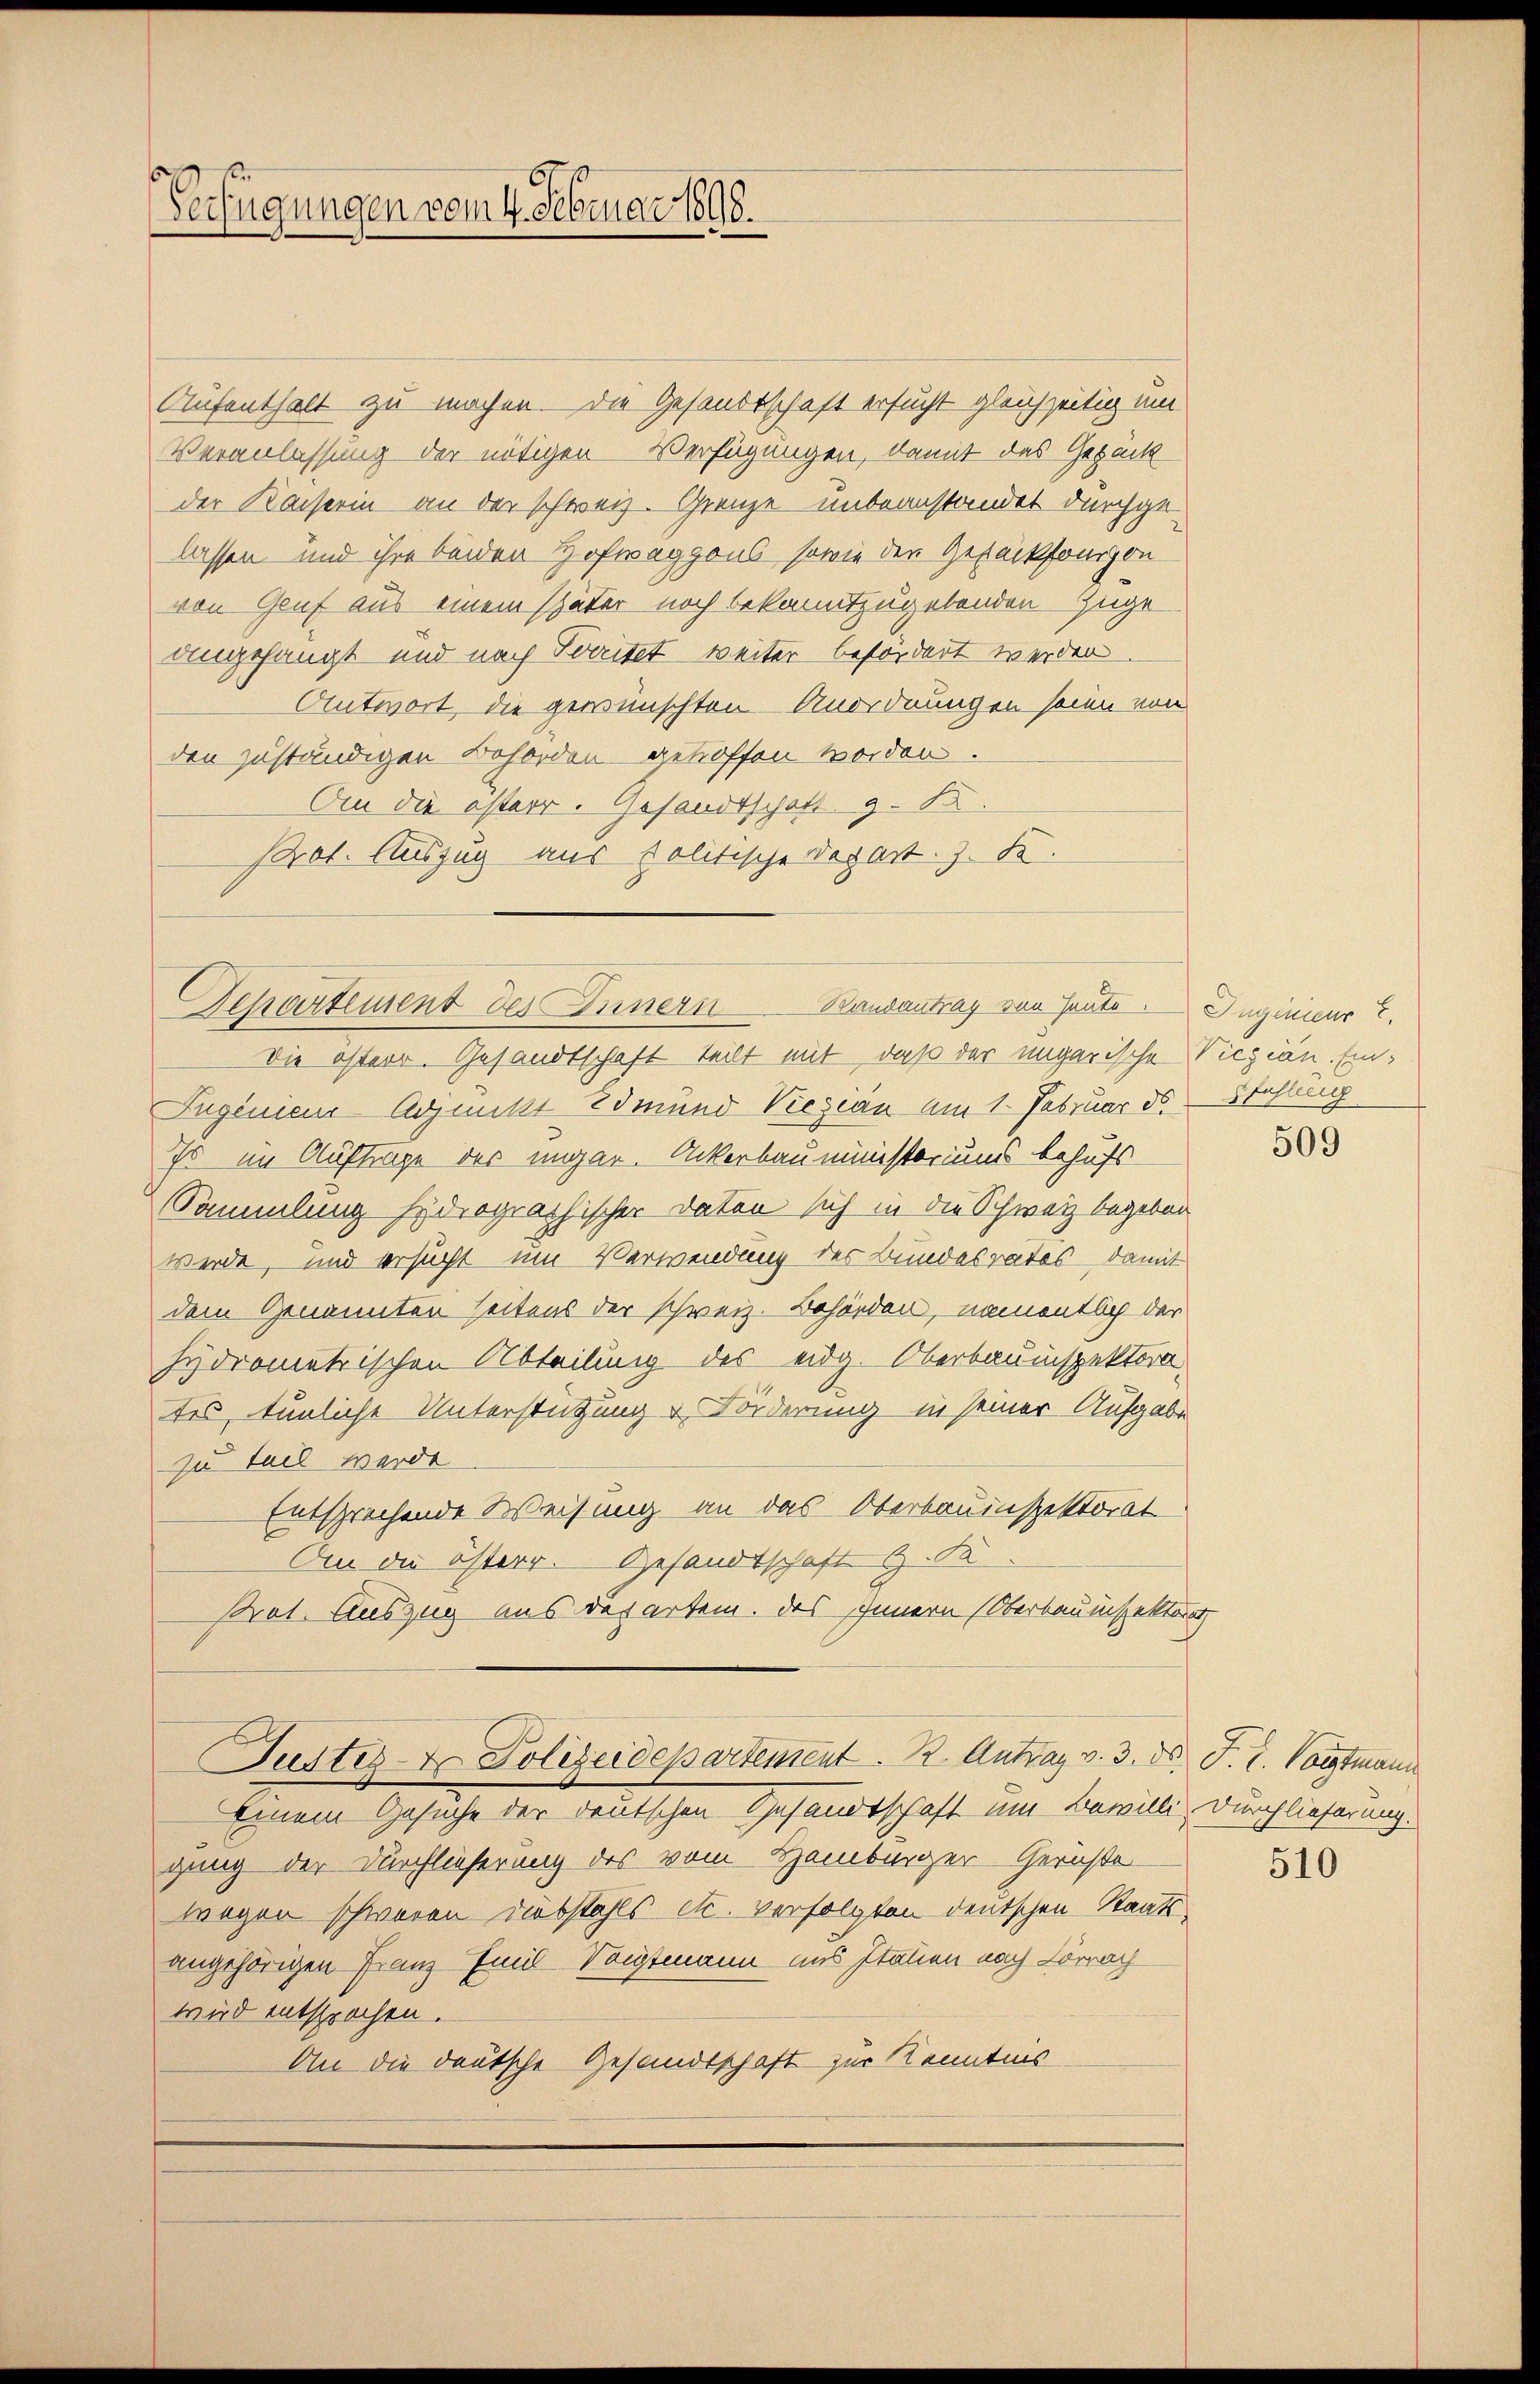
Verfügungen vom 4. Februar 1898.

Aufenthalt zu machen. Die Gesandtschaft ersucht gleichzeitig um
Veranlassung der nötigen Verfügungen, damit das Gepäck
der Kaiserin an der schweiz. Grenze unbeanstandet durchgelassen und ihre beiden Hofwaggons sowie den Gestücksfondon
von Gruf aus einem später noch bekanntzugebenden Zuge
angefangt und nach Territet weiter befördert werden
Antwort, die gewünschten Anordnungen seien von
den zuständigen Behörden getroffen worden.
An die österr. Gesandtschaft z. B.
Prot. Auszug aus Politische Depart. Z. F.
Die österr. Gesandtschaft teilt mit, daß der ungarische Viczian. Ein¬
Jugenieur-Adjunkt Edmund Viezian am 1. Februar ds Sahling
Is im Auftrage des ungar. Ackerbau ministeriums behufs
Sammlung hydrographischen Daten sich in die Schweiz begeben
werde, und ersucht um Verwendung der Bundesrates damit
dem Genannten seitens der schweiz. Behörden, namentlich der
hydrometrischen Abteilung des eidg. Oberbauinspektorates, tunliche Unterstützung & Forderung in seiner Aufgabe
zu teil werde
Entsprechende Weisung an das Oberbauinspektorat
An die österr. Gesandtschaft G. Sa
Prot. Auszug aus des artem. Das Innern (Oberbauinspektorat
Justiz & Polizeidepartement. 2. Antrag v. 3. ds. F. L. Voigtmann
einem Gesuche der deutschen Gesandtschaft um Bewilli, Durchlieferung.
gung der Durchlieferung des vom Hamburger Gerichte
wegen schweren Diebstahls etc. verfolgten deutschen Staatsangehörigen Franz Emil Voigtmann uns Italien nach Lörrach
wird entsprochen.
An die deutsche Gesandtschaft zur Kenntnis

Departement des Innern Bandantrag von Heute. Ingenieur E.

509

510